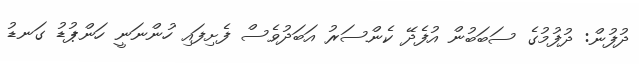
ދުފުން: ދުފުމުގެ ސަބަބުން އުފެދޭ ކެންސަރު އަބަދުވެސް ފެށިފައި ހުންނަނީ ހަންޕުޑު ގަނޑު